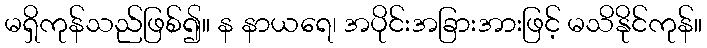
မရှိကုန်သည်ဖြစ်၍။ န နာယရေ၊ အပိုင်းအခြားအားဖြင့် မသိနိုင်ကုန်။